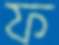
ফ